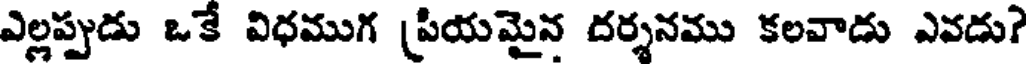
ఎల్లప్పుడు ఒకే విధముగ [పియమైన దర్శనము కలవాడు ఎవడు?